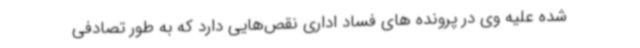
شده علیه وی در پرونده های فساد اداری نقص‌هایی دارد که به طور تصادفی